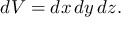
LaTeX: d V = d x \, d y \, d z .